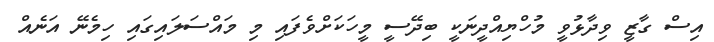
އިސް ގާޒީ ވިދާޅުވީ މުހްޔިއްދީނަކީ ބިދޭސީ މީހަކަށްވެފައި މި މައްސަލައިގައި ހިމެނޭ އަނެއް